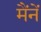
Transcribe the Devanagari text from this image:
मैंनें